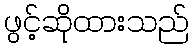
ဖွင့်ဆိုထားသည်